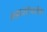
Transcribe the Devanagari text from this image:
ब्रह्मांडोत्पत्तिक